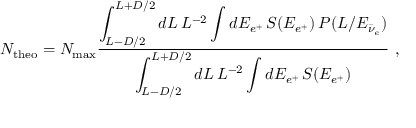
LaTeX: N _ { \mathrm { t h e o } } = N _ { \mathrm { m a x } } \frac { \displaystyle \int _ { L - D / 2 } ^ { L + D / 2 } d L \, L ^ { - 2 } \int d E _ { e ^ { + } } \, S ( E _ { e ^ { + } } ) \, P ( L / E _ { \bar { \nu } _ { e } } ) } { \displaystyle \int _ { L - D / 2 } ^ { L + D / 2 } d L \, L ^ { - 2 } \int d E _ { e ^ { + } } \, S ( E _ { e ^ { + } } ) } \ ,